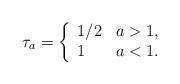
LaTeX: \begin{align*}\tau_a =\bigg\{ \begin{array}{ll} 1/2 & a>1, \\ 1& a<1. \end{array}\end{align*}